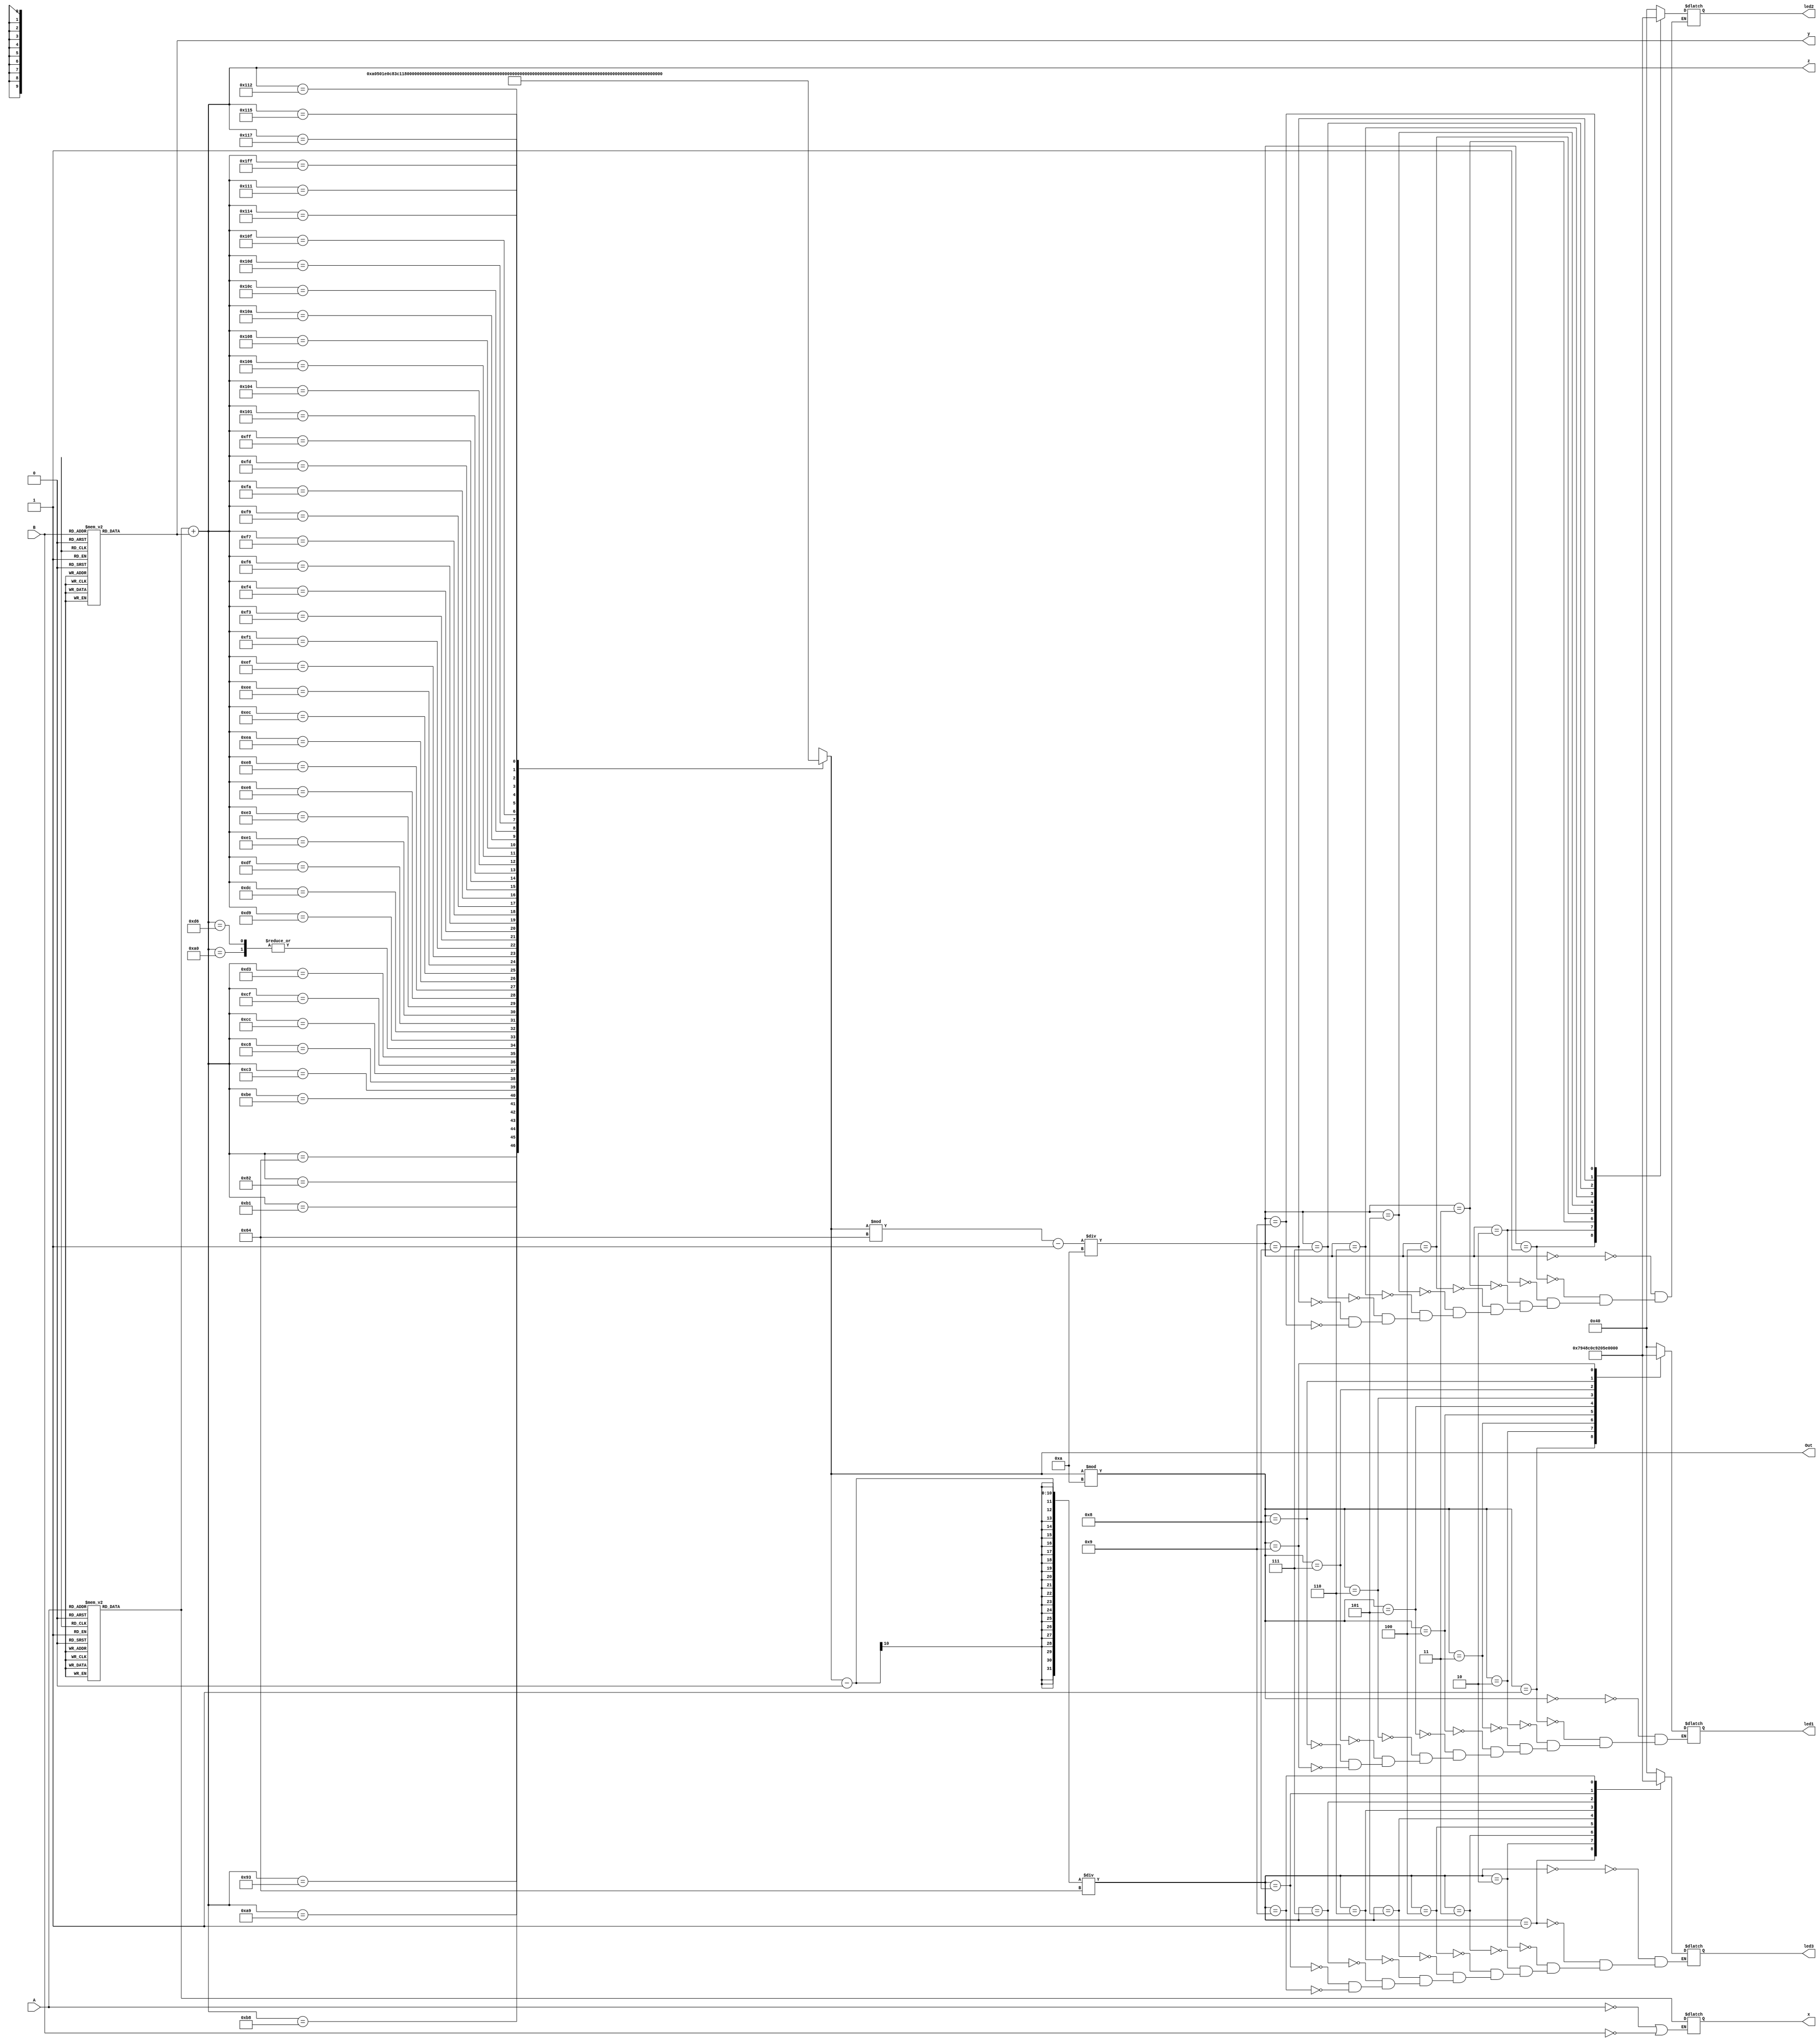
module logmul(
		input [4:0]          A,B,
		output reg[8:0]        z, x,y,		
		output reg[9:0]        Out,
		output reg[6:0]       led1,
		output reg[6:0]       led2,
		output reg[6:0]       led3  
);
		
		
		reg Out1;
		reg Out2;
		reg Out3;
	
	
	always @*
		begin
		
			if (A==0 | B==0)
				Out = 0;
			else
				x = log_num(A);
				y = log_num(B);
		
				z = x + y;
		
				Out = out(z);
		
	

   
	//Out1 = Out%10;
	//Out2 = (Out%100-Out1)/10;
	//Out3 = (Out-Out2)/100;

		case(Out%10)
				0 :       	                    //Decimal 0
				led1 = 7'b1000000;
				
				1 :    		                    //Decimal 1
				led1 = 7'b1111001  ;
				
				2 :  		                    //Decimal 2
				led1 = 7'b0100100 ;
				 
				3 : 		                    //Decimal 3
				led1 = 7'b0110000 ;
				
				4 :		                        //Decimal 4
				led1 = 7'b0011001 ;
				
				5 :		                        //Decimal 5
				led1 = 7'b0010010 ;
				  
				6 :		                        //Decimal 6
				led1 = 7'b0000010 ;
				
				7 :		                        //Decimal 7
				led1 = 7'b1111000;
				
				8 :     	                    //Decimal 8
				led1 = 7'b0000000;
				
				9 :    		                    //Decimal 9
				led1 = 7'b0010000;
		endcase
		
		case((Out%100-Out1)/10)
				0 :       	                    //Decimal 0
				led2 = 7'b1000000;
				
				1 :    		                    //Decimal 1
				led2 = 7'b1111001  ;
				
				2 :  		                    //Decimal 2
				led2 = 7'b0100100 ;
				 
				3 : 		                    //Decimal 3
				led2 = 7'b0110000 ;
				
				4 :		                        //Decimal 4
				led2 = 7'b0011001 ;
				
				5 :		                        //Decimal 5
				led2 = 7'b0010010 ;
				  
				6 :		                        //Decimal 6
				led2 = 7'b0000010 ;
				
				7 :		                        //Decimal 7
				led2 = 7'b1111000;
				
				8 :     	                    //Decimal 8
				led2 = 7'b0000000;
				
				9 :    		                    //Decimal 9
				led2 = 7'b0010000;
		endcase
		
		case((Out-Out2)/100)
				0 :       	                    //Decimal 0
				led3 = 7'b1000000;
				
				1 :    		                    //Decimal 1
				led3 = 7'b1111001  ;
				
				2 :  		                    //Decimal 2
				led3 = 7'b0100100 ;
				 
				3 : 		                    //Decimal 3
				led3 = 7'b0110000 ;
				
				4 :		                        //Decimal 4
				led3 = 7'b0011001 ;
				
				5 :		                        //Decimal 5
				led3 = 7'b0010010 ;
				  
				6 :		                        //Decimal 6
				led3 = 7'b0000010 ;
				
				7 :		                        //Decimal 7
				led3 = 7'b1111000;
				
				8 :     	                    //Decimal 8
				led3 = 7'b0000000;
				
				9 :    		                    //Decimal 9
				led3 = 7'b0010000;
		endcase
end
	
function [8:0] log_num;
		input[4:0] dec_num;
	
		begin
			case (dec_num)
				5'd0:       	     		                //Decimal 0
				log_num = 9'b111111111;
				
				5'd1 :       	     		                //Decimal 1
				log_num = 9'b000000000;
				
				5'd2 :       	     		                //Decimal 2
				log_num = 9'b000011110;
				 
				5'd3 :       	     		                //Decimal 3
				log_num = 9'b000101111;
				
				5'd4 :     		                        //Decimal 4
				log_num = 9'b000111100;
				
				5'd5 :       	     		                //Decimal 5
				log_num = 9'b001000101;
				  
				5'd6 :       	     		                //Decimal 6
				log_num = 9'b001001101;
				
				5'd7 :       	     		                //Decimal 7
				log_num = 9'b001010100;
				
				5'd8 :       	     		                //Decimal 8
				log_num = 9'b001011010;
				
				5'd9 :       	     		                //Decimal 9
				log_num = 9'b001011111;
				
				5'd10 :       	     		                //Decimal 10
				log_num = 9'b001100100;
				
				5'd11 :       	     		                //Decimal 11
				log_num = 9'b001101000;
				
				5'd12 :       	     		                //Decimal 12
				log_num = 9'b001101011;
				
				5'd13 :       	     		                //Decimal 13
				log_num = 9'b001101111;
				
				5'd14 :       	     		                //Decimal 14
				log_num = 9'b001110010;
				
				5'd15 :       	     		                //Decimal 15
				log_num = 9'b001110101;
				
				5'd16 :       	     		                //Decimal 16
				log_num = 9'b001111000;
				
				5'd17 :       	     		                //Decimal 17
				log_num = 9'b001111011;
				
				5'd18 :       	     		                //Decimal 18
				log_num = 9'b001111101;
				 
				5'd19 :       	     		                //Decimal 19
				log_num = 9'b001111111;
				
				5'd20 :     		                        //Decimal 20
				log_num = 9'b010000010;
				
				5'd21 :       	     		                //Decimal 21
				log_num = 9'b010000100;
				  
				5'd22 :       	     		                //Decimal 22
				log_num = 9'b010000110;
				
				5'd23 :       	     		                //Decimal 23
				log_num = 9'b010001000;
				
				5'd24 :       	     		                //Decimal 24
				log_num = 9'b010001010;
				
				5'd25 :       	     		                //Decimal 25
				log_num = 9'b010001011;
				
				5'd26 :       	     		                //Decimal 26
				log_num = 9'b010001101;
				
				5'd27 :       	     		                //Decimal 27
				log_num = 9'b010001111;
				
				5'd28 :       	     		                //Decimal 28
				log_num = 9'b010010000;
				
				5'd29 :       	     		                //Decimal 29
				log_num = 9'b010010010;
				
				5'd30 :       	     		                //Decimal 30
				log_num = 9'b010010011;
				
				5'd31 :       	     		                //Decimal 31
				log_num = 9'b010010101;
		endcase 
      end     
endfunction


function[9:0] out;
		input[8:0]      log_out;        
	
		begin
			case (log_out)
				9'b001100100 :       	     		                
				out = 10'd10;
				
				9'b010000010 :       	     		           
				out = 10'd20;
				
				9'b010010011 :       	     		       
				out = 10'd30;
				 
				9'b010100000 :       	     		          
				out = 10'd40;
				
				9'b010101001 :       	     		                
				out = 10'd50;
				
				9'b010110001 :       	     		           
				out = 10'd60;
				  
				9'b010111000 :       	     		               
				out = 10'd70;
				
				9'b010111110 :       	     		               
				out = 10'd80;
				
				9'b011000011 :       	     		              
				out = 10'd90;
				
				9'b011001000 :       	     		               
				out = 10'd100;
				 
				9'b011001100 :       	     		               
				out = 10'd110;
				
				9'b011001111 :       	     		              
				out = 10'd120;
				
				9'b011010011 :       	     		              
				out = 10'd130;
				  
				9'b011010110 :       	     		               
				out = 10'd40;
				
				9'b011011001 :       	     		          
				out = 10'd150;
				
				9'b011011100 :       	     		            
				out = 10'd160;
				
				9'b011011111 :       	     		             
				out = 10'd170;
				 
				9'b011100001 :       	     		         
				out = 10'd180;
				
				9'b011100011 :       	     		           
				out = 10'd190;
				
				9'b011100110 :       	     		            
				out = 10'd200;
				  
				9'b011101000 :       	     		            
				out = 10'd210;
				
				9'b011101010 :       	     		            
				out = 10'd220;
				
				9'b011101100 :       	     		         
				out = 10'd230;
				
				9'b011101110 :       	     		       
				out = 10'd240;
				 
				9'b011101111 :       	     		                
				out = 10'd250;
				
				9'b011110001 :       	     		                
				out = 10'd260;
				
				9'b011110011 :       	     		              
				out = 10'd270;
				  
				9'b011110100 :       	     		            
				out = 10'd280;
				
				9'b011110110 :       	     		            
				out = 10'd290;
				
				9'b011110111 :       	     		              
				out = 10'd300;
				
				9'b011111001 :       	     		            
				out = 10'd310;
				  
				9'b011111010 :       	     		           
				out = 10'd320;
				
				9'b011111101 :       	     		           
				out = 10'd340;
				
				9'b011111111 :       	     		             
				out = 10'd360;
				
				9'b100000001 :       	     		                
				out = 10'd380;
				 
				9'b100000100 :       	     		               
				out = 10'd400;
				
				9'b100000110 :       	     		              
				out = 10'd420;
				
				9'b100001000 :       	     		              
				out = 10'd440;
				  
				9'b100001010 :       	     		          
				out = 10'd460;
				
				9'b100001100 :       	     		               
				out = 10'd480;
				
				9'b100001101 :       	     		               
				out = 10'd500;
				
				9'b100001111 :       	     		              
				out = 10'd520;
				 
				9'b100010001 :       	     		           
				out = 10'd540;
				
				9'b100010010 :       	     		             
				out = 10'd560;
				
				9'b100010100 :       	     		              
				out = 10'd580;
				  
				9'b100010101 :       	     		               
				out = 10'd600;
				
				9'b100010111 :       	     		             
				out = 10'd620;
				
				9'b011010110 :       	     		              
				out = 10'd144;
				
				9'b111111111 :       	     		                
				out = 10'd0;
		endcase  
      end    
endfunction 
						
endmodule